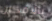
بالامكان